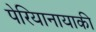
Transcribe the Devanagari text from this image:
पेरियानायाकी